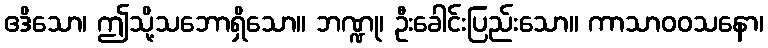
ဧဒိသော၊ ဤသို့သဘောရှိသော။ ဘဏ္ဍု၊ ဦးခေါင်းပြည်းသော။ ကာသာဝဝသနော၊